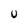
Character: U